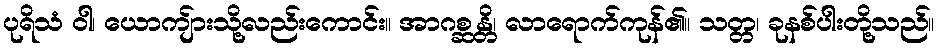
ပုရိသံ ဝါ၊ ယောကျ်ားသို့လည်းကောင်း။ အာဂစ္ဆန္တိ၊ လာရောက်ကုန်၏။ သတ္တ၊ ခုနစ်ပါးတို့သည်။